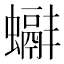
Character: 𧓞